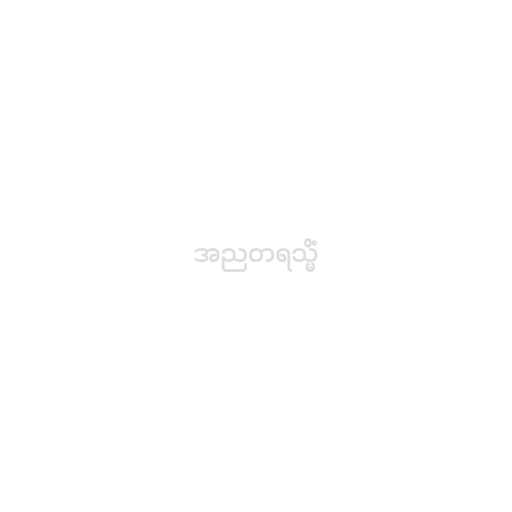
အညတရသ္မိံ